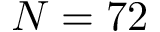
N = 7 2